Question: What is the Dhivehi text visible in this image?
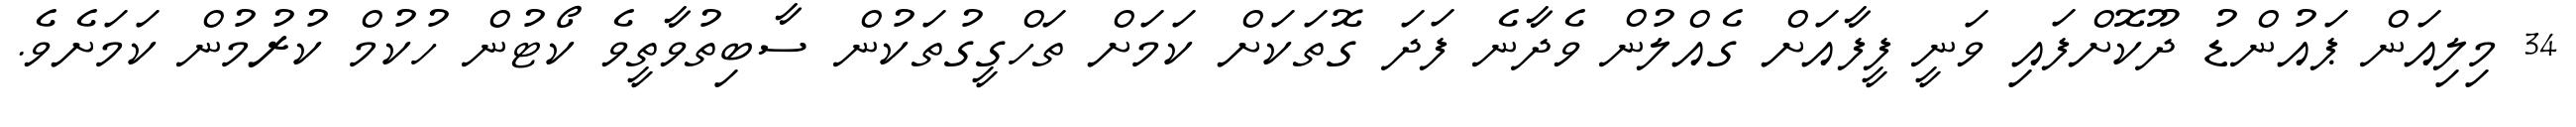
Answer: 34 މިލިއަން ޕައުންޑު ދޫކޮށްފައި ވަނީ ފީފާއަށް ގެއްލުން ވެދާނެ ފަދަ ގޮތަކަށް ކަމަށް ތަހްގީގުތަކުން ސާބިތުވާތީވެ ކޯޓުން ހުކުމް ކުރުމުން ކަމަށެވެ.